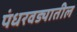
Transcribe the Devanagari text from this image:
पंधरवड्यातील